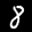
Label: 8